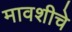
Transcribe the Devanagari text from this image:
मावशीचे